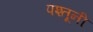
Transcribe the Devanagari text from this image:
पश्तूनी